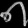
Digit: ၈